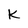
Character: k